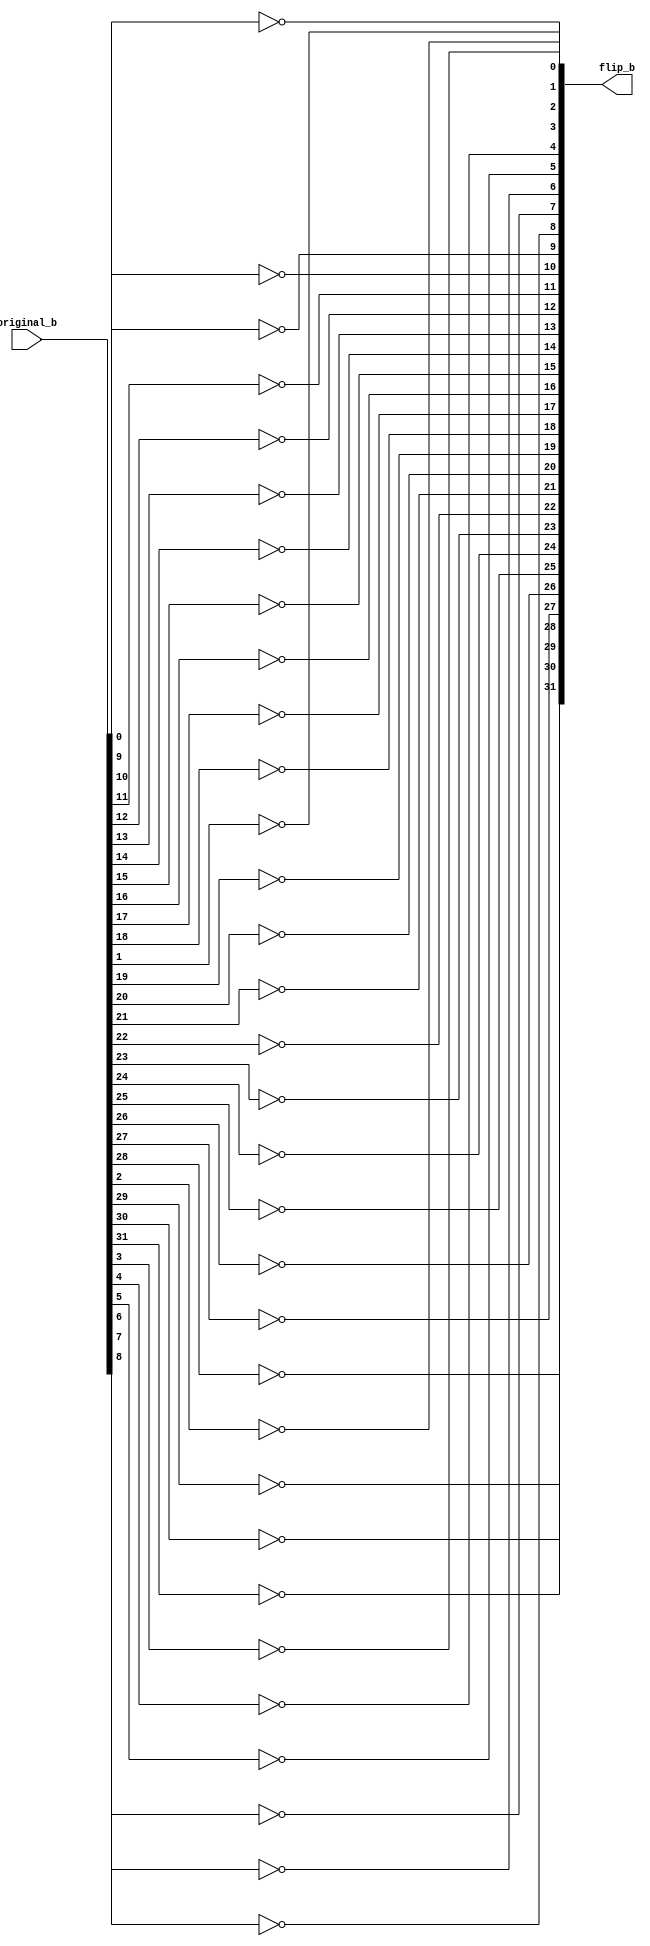
module Flip(original_b, flip_b);

 input [31:0]original_b;
 output [31:0]flip_b;
 
 genvar i;
 generate 
    for (i = 0; i < 32; i = i + 1) begin: flipped_b
    not flipped_b(flip_b[i], original_b[i]);
    end
    
 endgenerate
 
 
endmodule